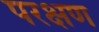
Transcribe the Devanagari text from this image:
परक्षण